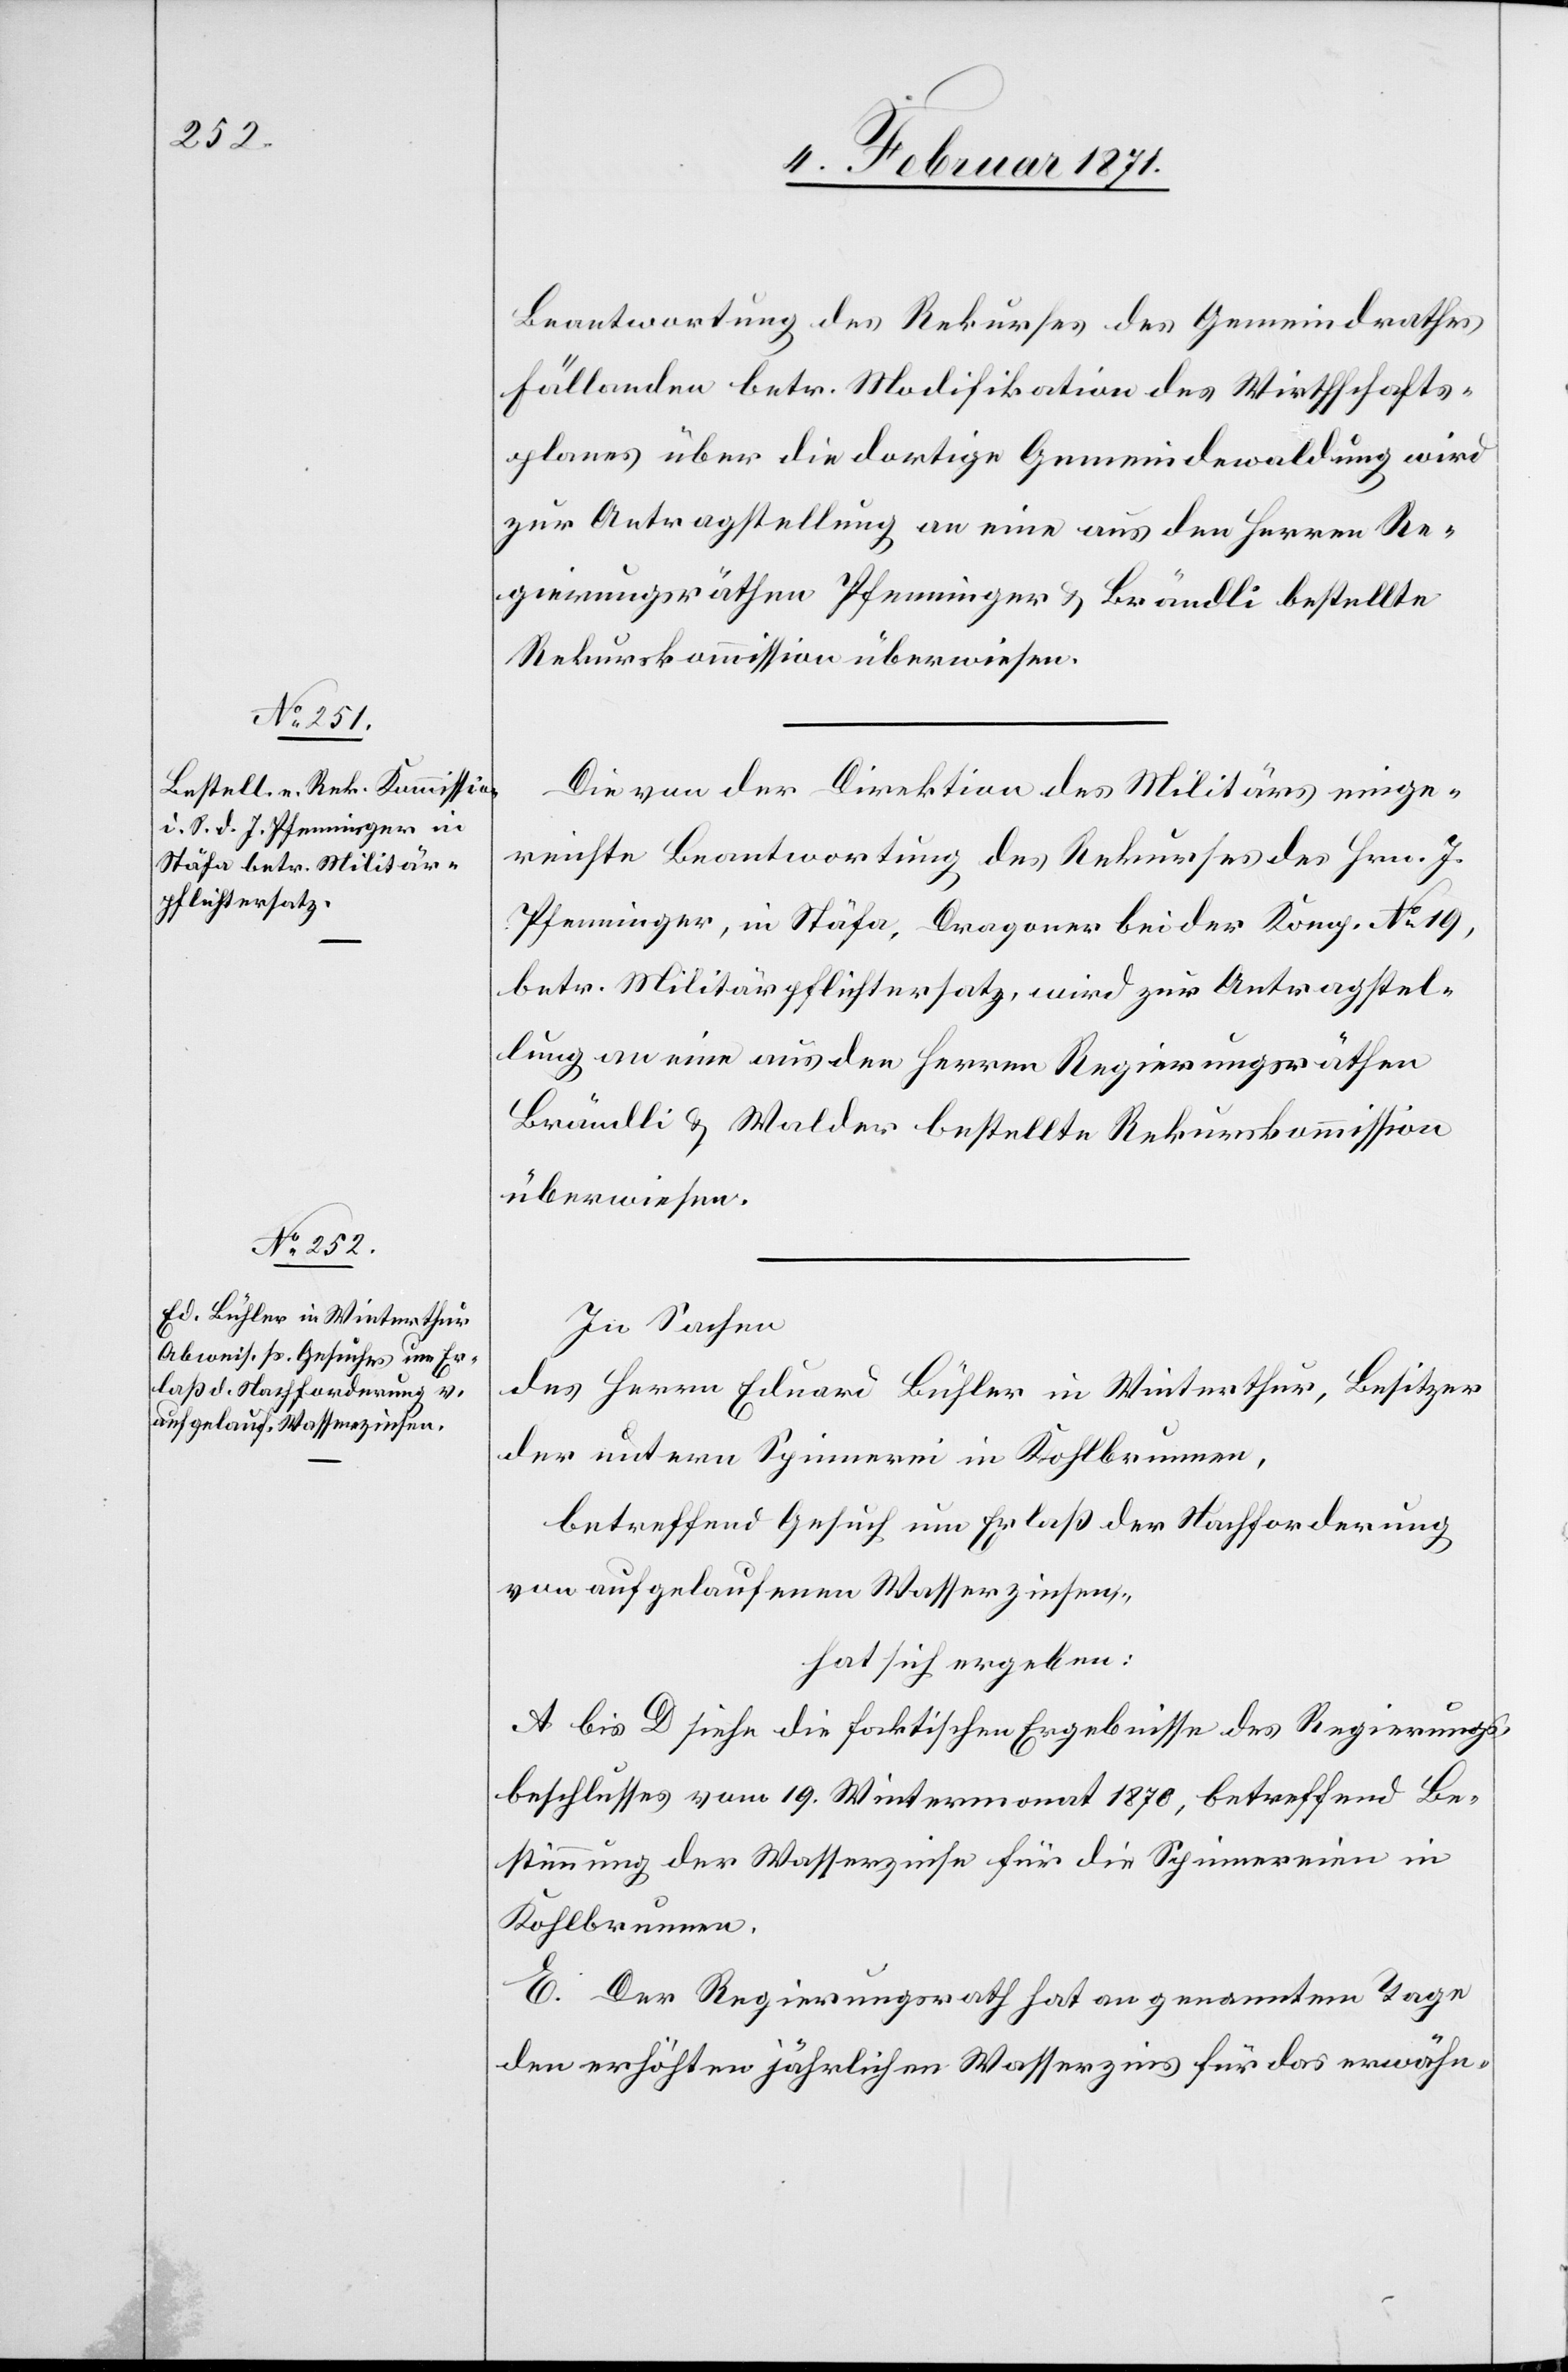
Beantwortung des Rekurses des Gemeindrathes
Fällanden betr. Modifikation des Wirthschafts¬
planes über die dortige Gemeindewaldung wird
zur Antragstellung an eine aus den Herren Re¬
gierungsräthen Pfenninger u. Brändli bestellte
Rekurskommission überwiesen.
Die von der Direktion des Militärs einge¬
reichte Beantwortung des Rekurses des Hrn. J.
Pfenninger, in Stäfa, Dragoner bei der Komp. No. 19,
betr. Militärpflichtersatz, wird zur Antragstel¬
lung an eine aus den Herren Regierungsräthen
Brändli u. Walder bestellte Rekurskommission
überwiesen.
In Sachen
des Herrn Eduard Bühler in Winterthur, Besitzer
der untern Spinnerei in Kohlbrunnen,
betreffend Gesuch um Erlaß der Nachforderung
von aufgelaufenen Wasserzinsen,
hat sich ergeben:
A bis D siehe die faktischen Ergebnisse des Regierungs¬
beschlusses vom 19. Wintermonat 1870, betreffend B¬
estimmung der Wasserzinse für die Spinnereien in
Kohlbrunnen.
E. Der Regierungsrath hat an genanntem Tage
den erhöhten jährlichen Wasserzins für das erwähn-